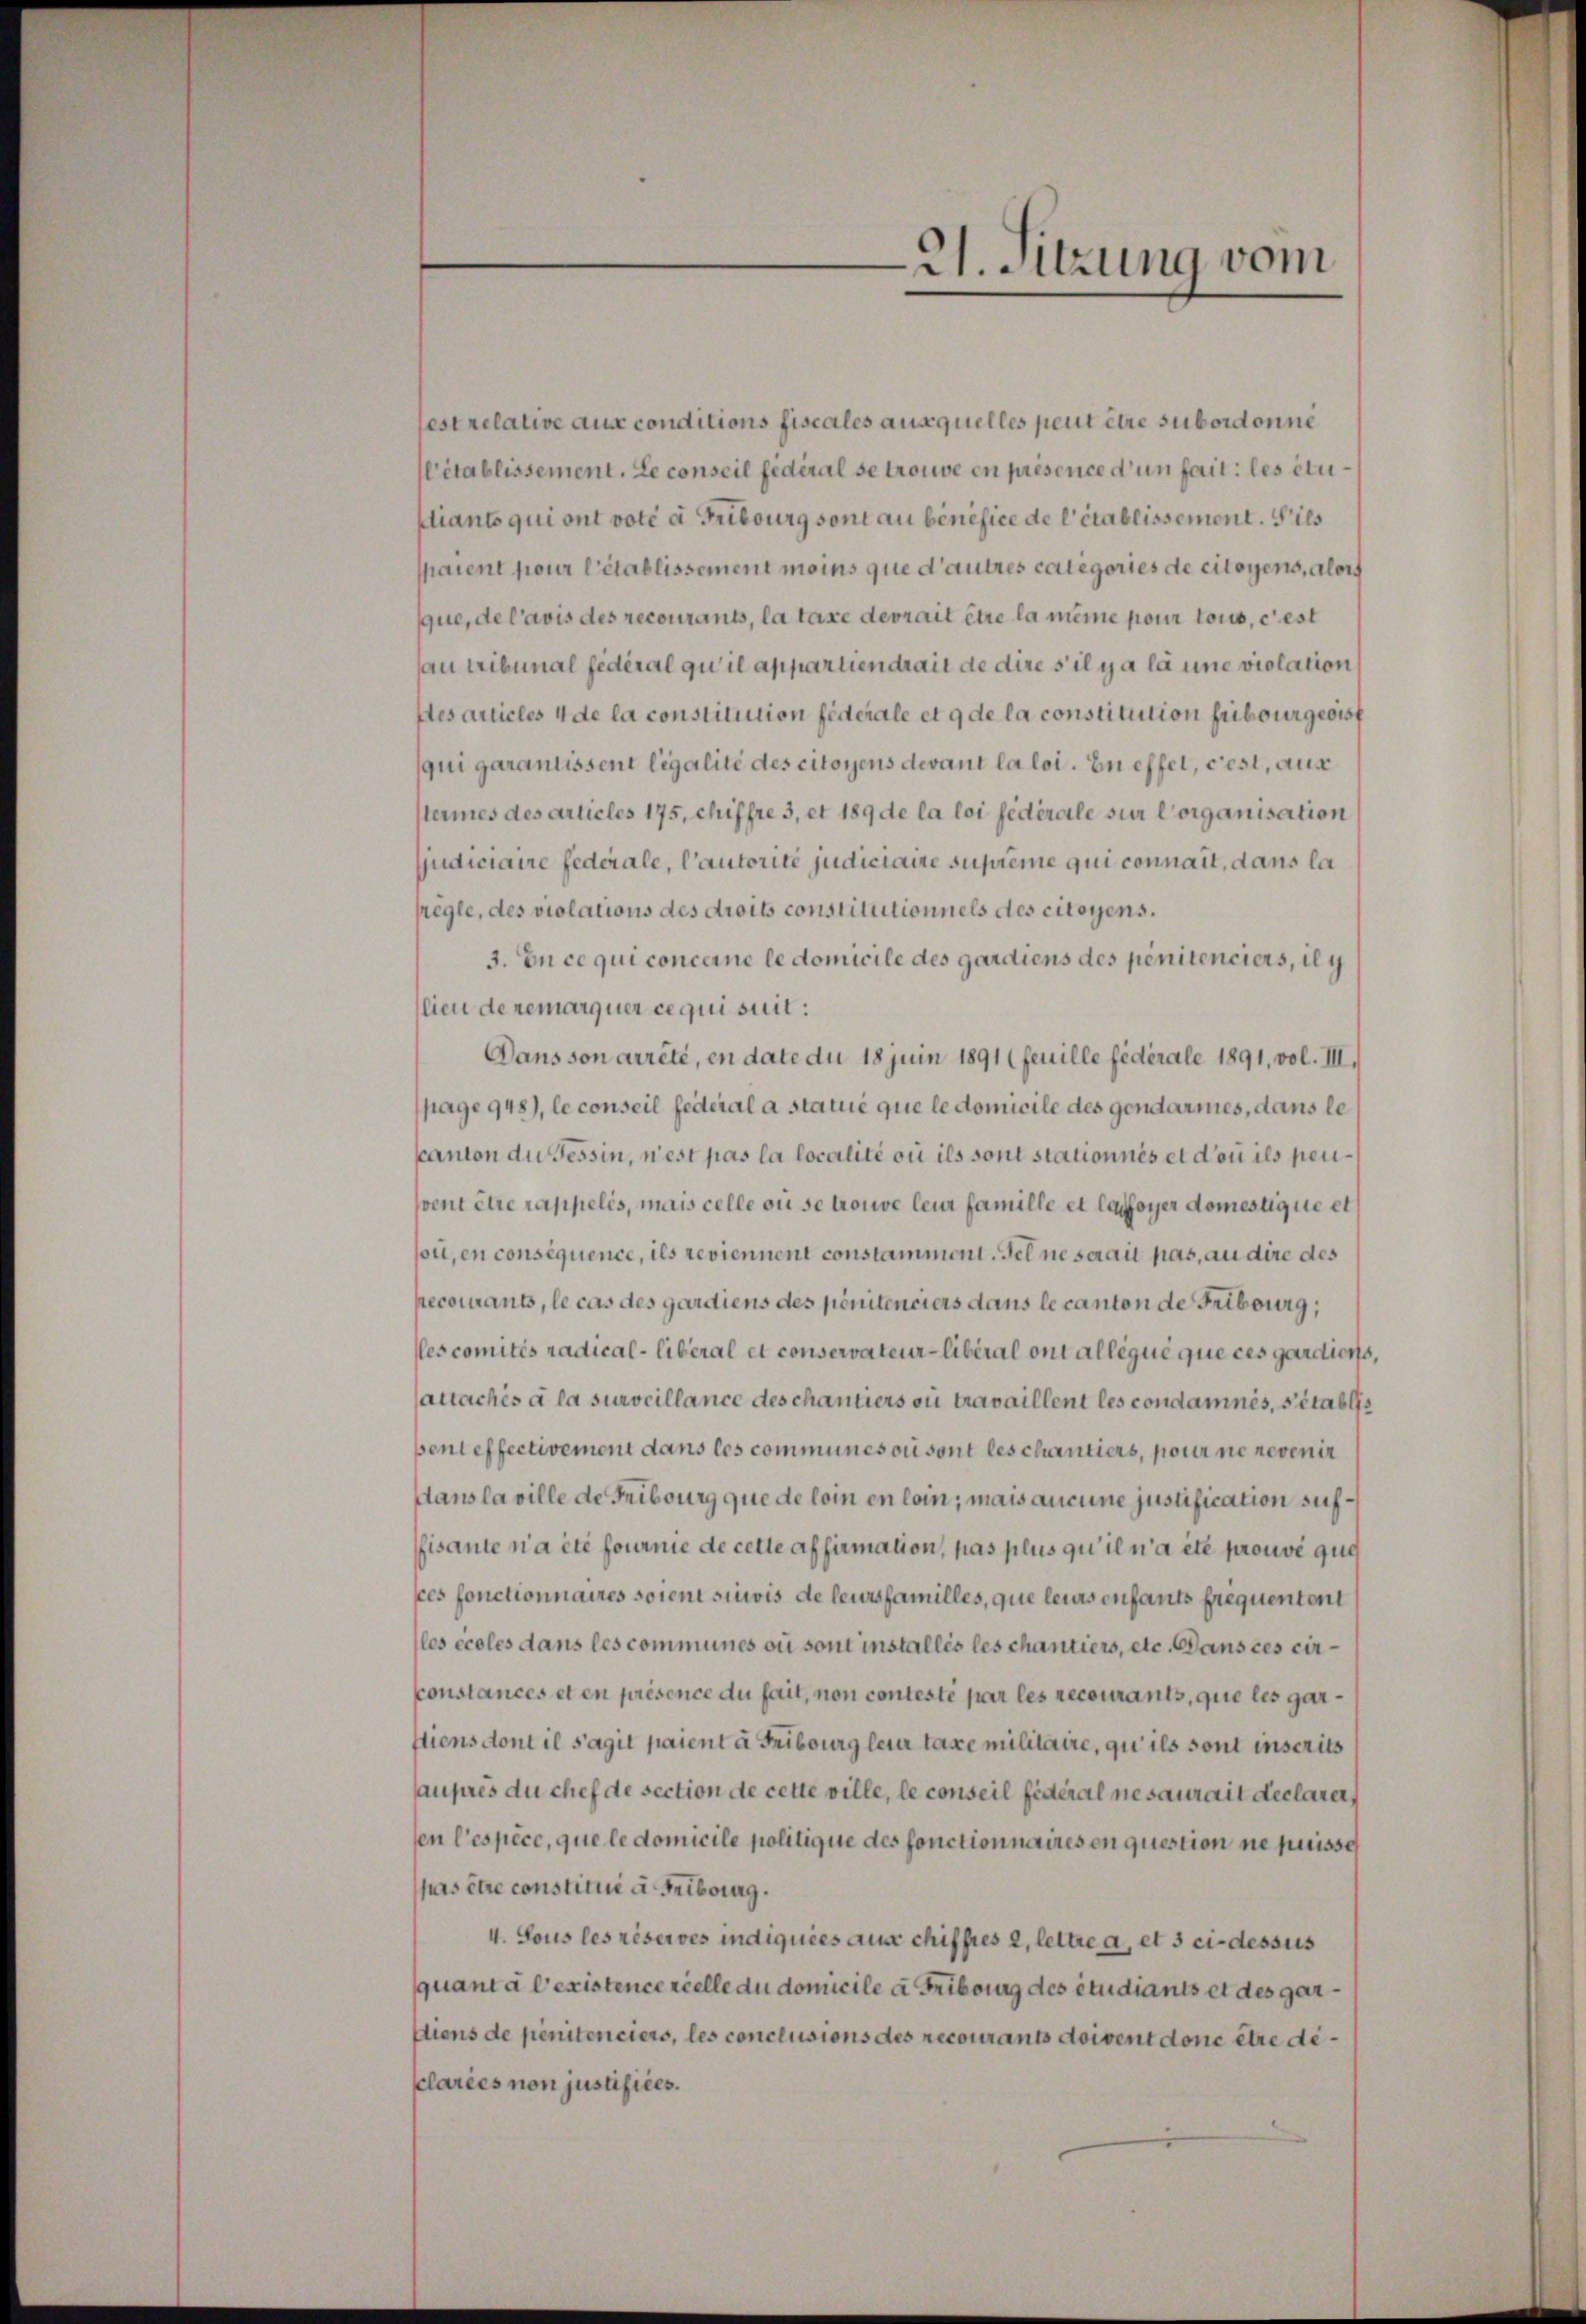
21. Sitzung vom

sest relative aus conditions fiscales ausquelles peut être subordonne
l’établissement. Le conseil fédéral se trouve en présence d’un fait les etupliants qui ont voté à Fribourg sont au bénéfice de l’établissement. Sils
sparent pour l’établissement moins que d’autres categories de citoyens, alor
que, de l’avis des recourants, la taxe devrait être la meine pour tous, c’est
au tribunal fédéral qu il appartiendrait de dire s’il y a la une violation
Aesarticles 4 de la constitution federale et 9 de la constitution fribourgeoisf
qui garantissent légalité des citoyens devant la loi. En effel, rest, aus
termes des Articles 175, chiffre 3, et 189 de la loi fédérale sur lorganisation
judiciaire federale, l’autorité judiciaire suprême qui connait, dans la
sregle, des violations des droits constitutionnels des citoyens.
3. En ce qui concerne le domicile des gardiens des penitenciers, il y
lieu de remarquer ce qui suit:
Dans son arrêté, en date du 18 juin 1891 (feuille fédérale 1891, vol. III./
page 948), le conseil federal a statué que le domicile des gendarmes, dans le
kanton die Tessin, nest pas la localité ou ils sont stationnés et dou ils pensvent être rappelis, mais celle die se trouve leur famille et lassoyer domestique et
son, en conséquence, ils reviennent constamment. Fel ne serait pas, an dire des
pecourants, le cas des gardiens des penitenciers dans le canton de Fribourg;
escomités radical-Liberal et conservateur-libéral ont allégué que ces gardiens,
Cattachés à la surveillance des chantiers ou travaillent les condamnés, s’établis
beni effectivement dans les communesori sont les chantiers, pour ne revenir
dans la ville de Fribourg que de loin en loin; mais aucune justification sichfisante n’a été fournie de cette affirmation, pas plus qu’il n’a été prouvé que
sces fonctionnaires soient suivis de leursfamilles, que leurs enfants frequentent
les écoles dans les communes ou sont installes les chantiers, etc. Dans ces circonstances et en présence du fait, non contesté par les recourants, que les garftiens dont il s’agit paient à Fribourg leur taxe militaire, qu’ils sont inscrits
auprès du chef de section de cette ville, le conseil fédéral ne saurait declarers
sen l’espèce, que le domicile politique des fonctionnaires en question ne puisse
pas être constitui à Fribourg.
4. Lous les réserves indiquées ause chifftes 2, lettre a, et 3 ci-dessus
quant à l’existence réelle du domicile à Fribourg des étudiants et des gar¬
Diens de penitenciers, les conclusions des recourants doivent dont être declarées non justifices.